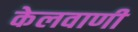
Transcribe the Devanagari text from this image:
केलवाणी